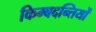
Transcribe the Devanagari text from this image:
किम्बदन्तियों